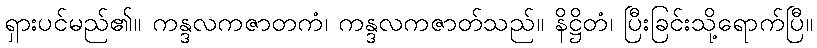
ရှားပင်မည်၏။ ကန္ဒလကဇာတကံ၊ ကန္ဒလကဇာတ်သည်။ နိဋ္ဌိတံ၊ ပြီးခြင်းသို့ရောက်ပြီ။